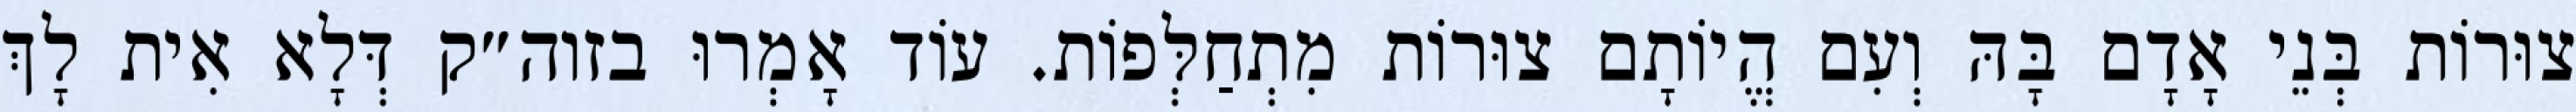
צוּרוֹת בְּנֵי אָדָם בָּהּ וְעִם הֱיוֹתָם צוּרוֹת מִתְחַלְּפוֹת. עוֹד אָמְרוּ בזוה״ק דְּלָא אִית לָךְ